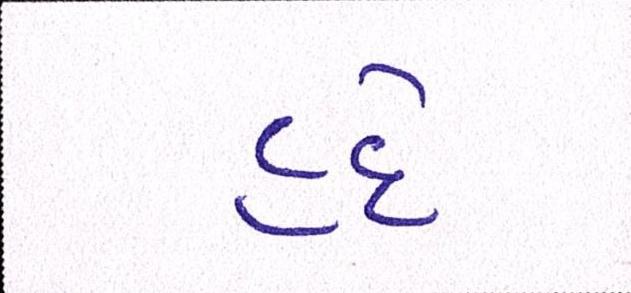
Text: હદે